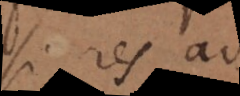
si res ad